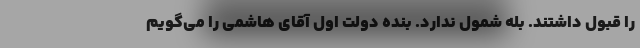
را قبول داشتند. بله شمول ندارد. بنده دولت اول آقای هاشمی را می‌گویم